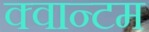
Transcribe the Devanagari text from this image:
क्‍वान्‍टम